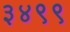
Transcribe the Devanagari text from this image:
३४९९